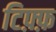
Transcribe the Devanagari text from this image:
टिफ़्फ़